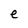
Character: e